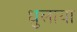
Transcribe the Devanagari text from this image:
धुलाया